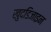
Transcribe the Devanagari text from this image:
खुदडिजाइन